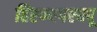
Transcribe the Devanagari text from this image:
हिरण्यपश्यपू